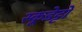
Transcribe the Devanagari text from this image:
स्कूडेट्टो